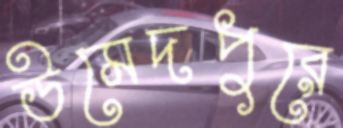
উমেদপুরে